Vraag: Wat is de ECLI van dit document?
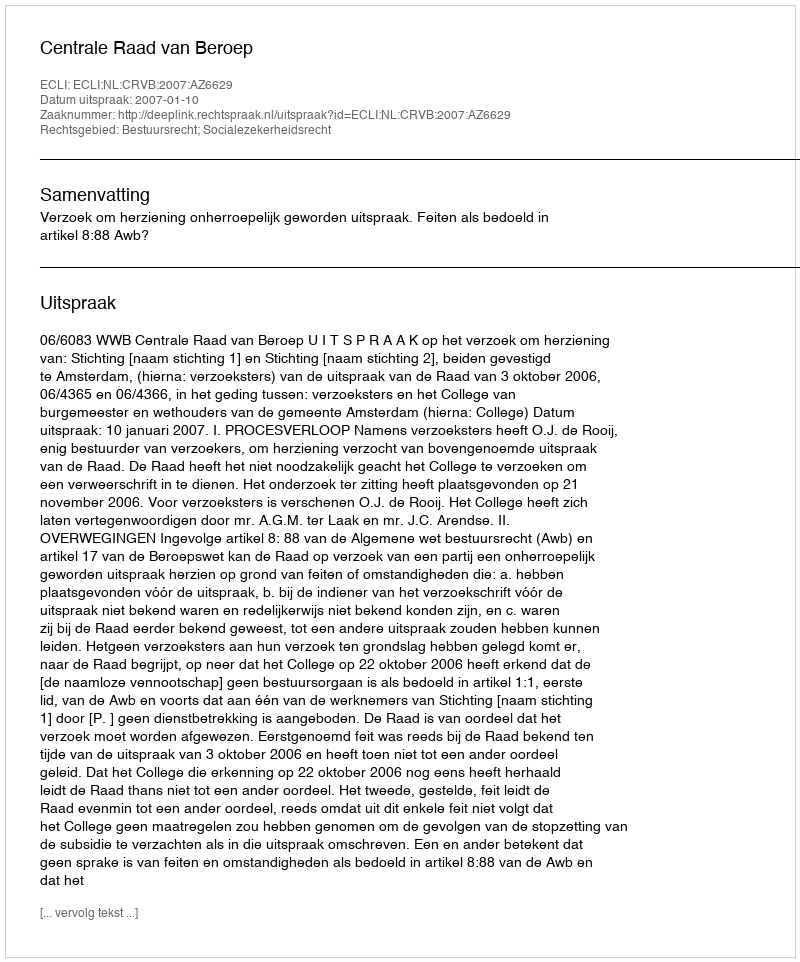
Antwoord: ECLI:NL:CRVB:2007:AZ6629